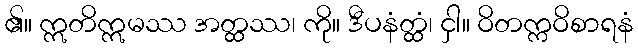
၏။ ဣတိဣမဿ အတ္ထဿ၊ ကို။ ဒီပနံတ္ထံ၊ ငှါ။ ဝိတက္ကဝိစာရနံ